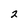
Character: 2